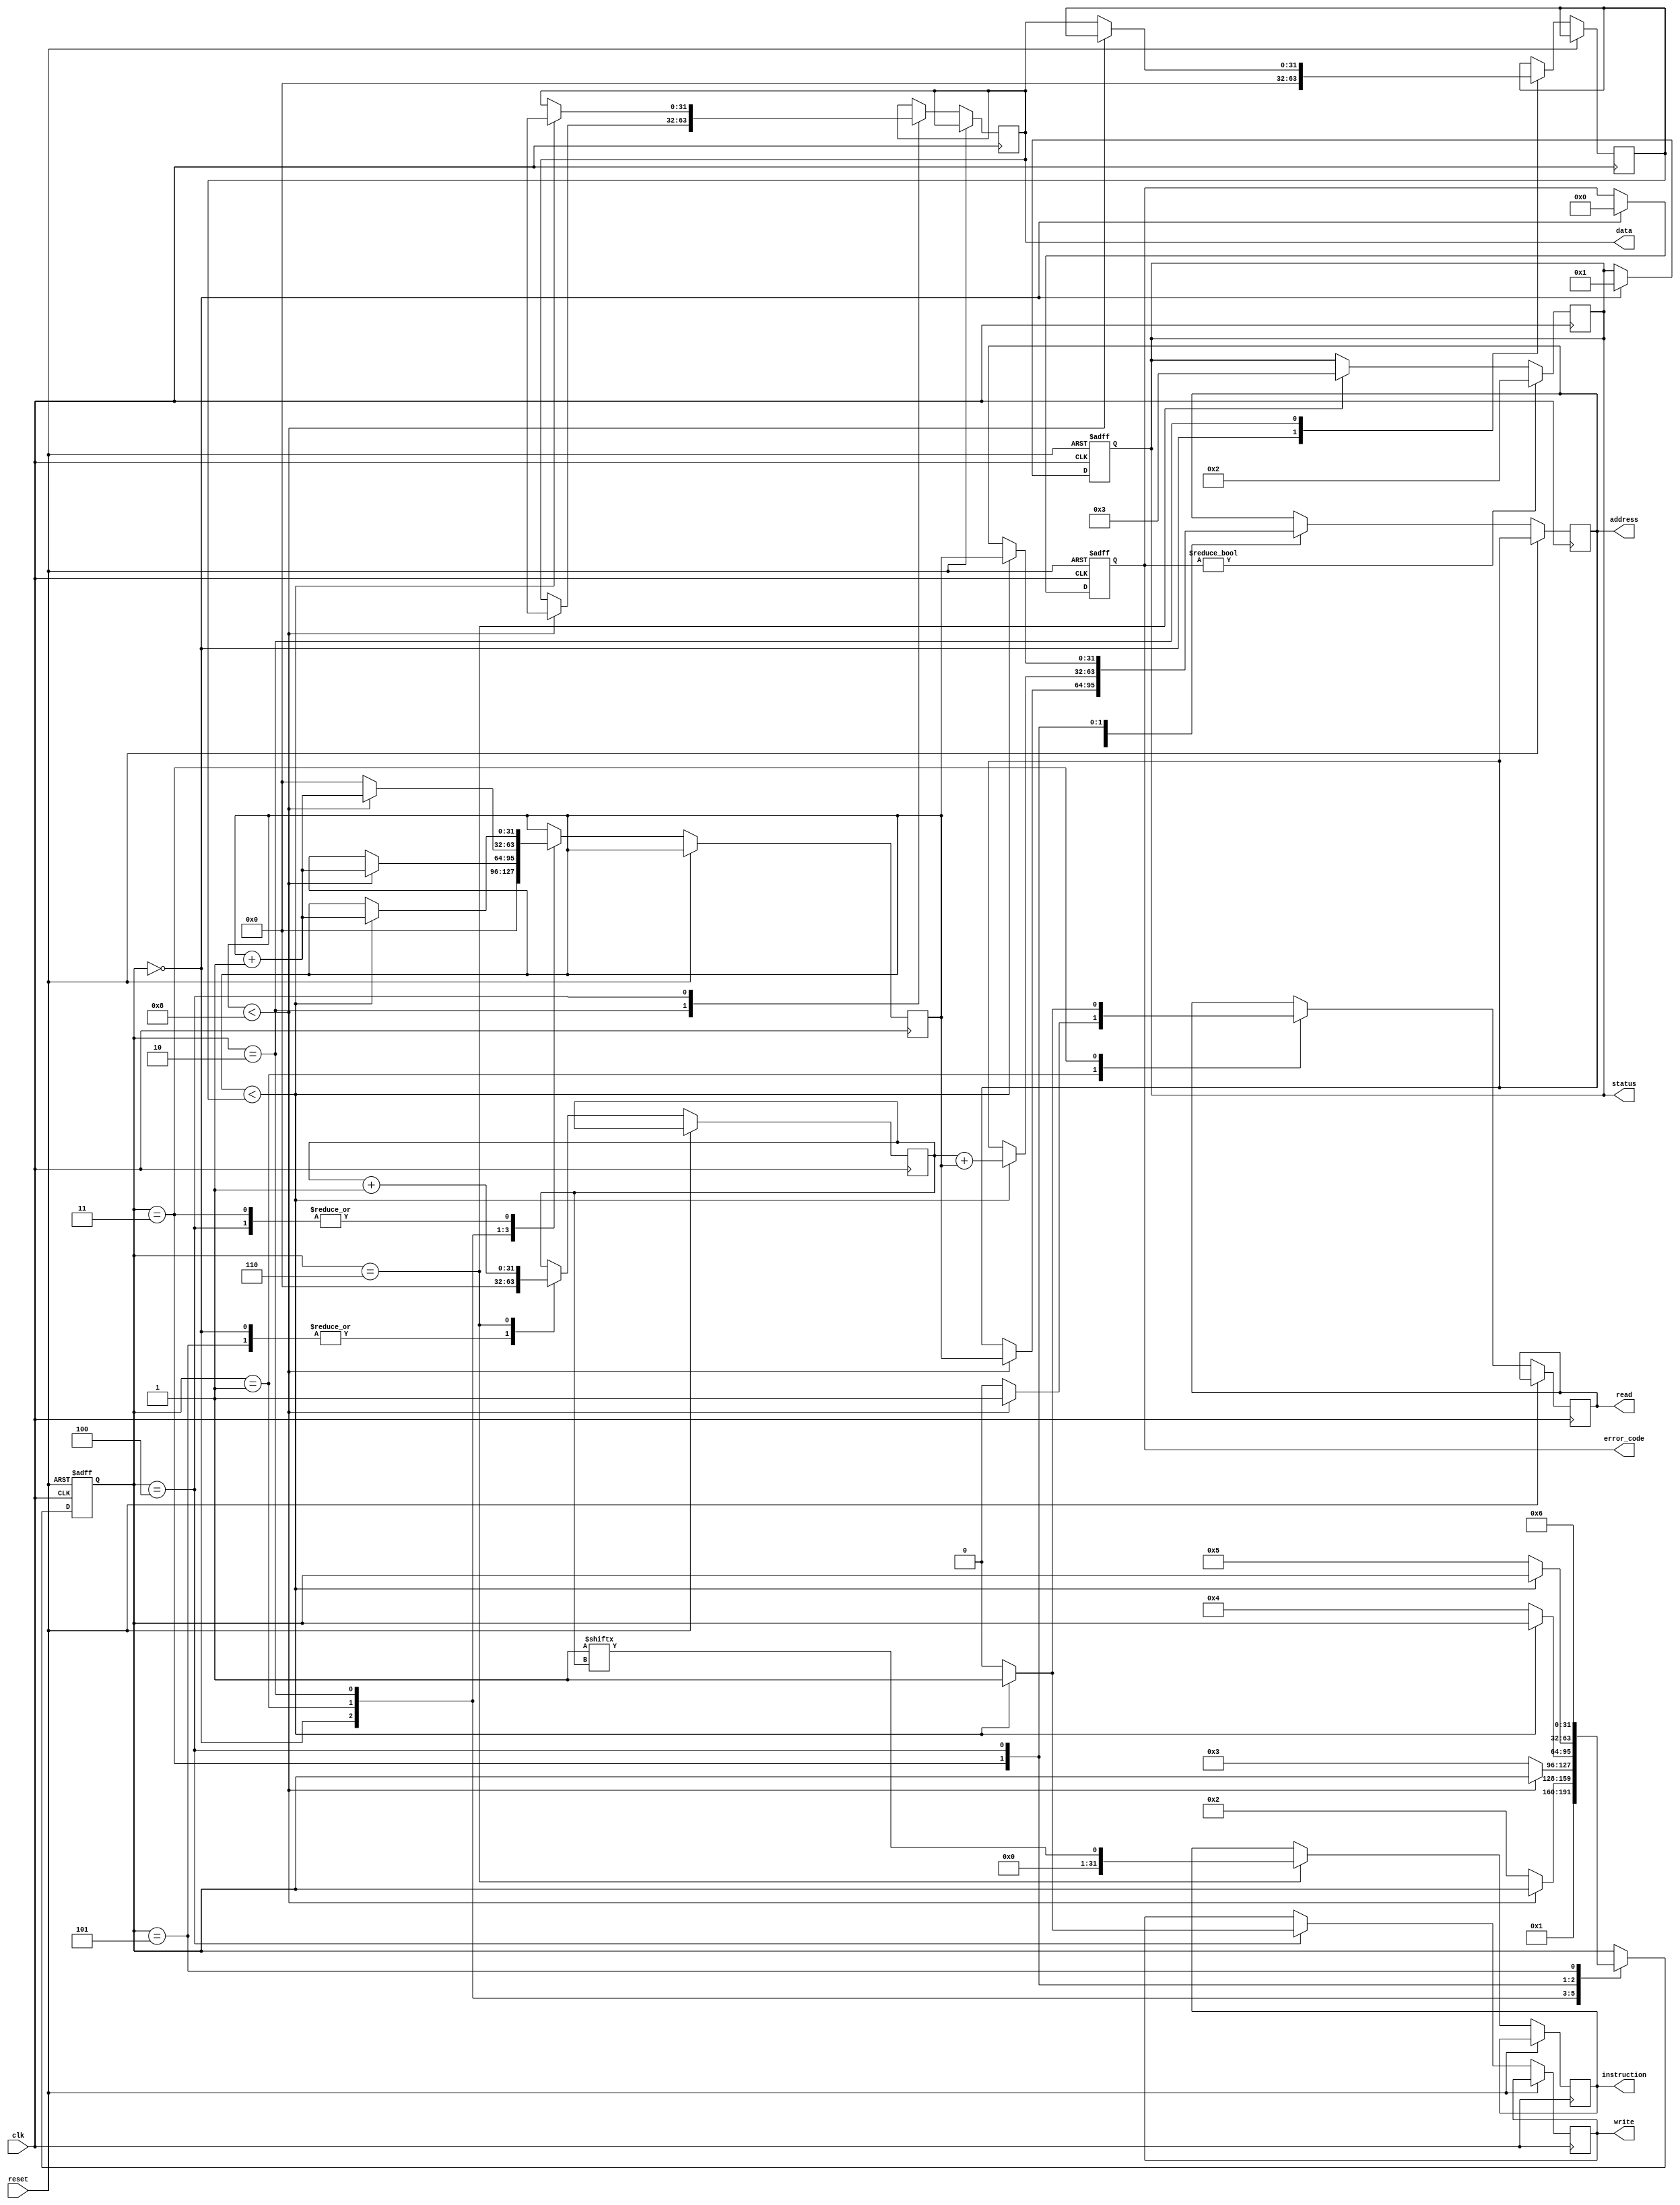
module bootloader (
  input wire clk,
  input wire reset,
  output wire [31:0] address,
  output wire [31:0] data,
  output wire read,
  output wire write,
  output wire [31:0] instruction,
  output wire [7:0] error_code,
  output wire [7:0] status
);

  reg [31:0] state;
  reg [31:0] counter;
  reg [31:0] program_counter;
  reg [31:0] program_size;
  reg [7:0] error_code_reg;
  reg [7:0] status_reg;

  always @(posedge clk or posedge reset) begin
    if (reset) begin
      state <= 0;
      error_code_reg <= 0;
      status_reg <= 0;
    end else begin
      case (state)
        0: begin
          // Balang durumu
          state <= 1;
          counter <= 0;
          program_counter <= 0;
          program_size <= 0;
          error_code_reg <= 0;
          status_reg <= 8'h01; // Balatlyor
        end
        1: begin
          // QSPI Flash Bellek'ten balk bilgisi okuma
          if (counter < 8) begin
            read <= 1;
            address <= counter;
            counter <= counter + 1;
          end else begin
            read <= 0;
            state <= 2;
          end
        end
        2: begin
          // Balk bilgisi ileme
          if (counter < 8) begin
            data <= data_in;
            counter <= counter + 1;
          end else begin
            program_size <= data[31:0];
            counter <= 0; // Saya sfrlanr
            state <= 3;
          end
        end
        3: begin
          // QSPI Flash Bellek'ten program okuma
          if (counter < program_size) begin
            read <= 1;
            address <= program_counter + counter;
            counter <= counter + 1;
          end else begin
            read <= 0;
            state <= 4;
          end
        end
        4: begin
          // Program buyruk belleine yazma
          if (counter < program_size) begin
            write <= 1;
            address <= counter;
            data <= data_in;
            counter <= counter + 1;
          end else begin
            write <= 0;
            state <= 5;
          end
        end
        5: begin
          // Program balatma
          program_counter <= 0;
          state <= 6;
        end
        6: begin
          // Program alyor
          instruction <= program_memory[program_counter];
          program_counter <= program_counter + 1;
        end
      endcase
    end
  end

  always @(posedge clk) begin
    if (error_code_reg != 0) begin
      status_reg <= 8'h02; // Hata
    end else if (state == 6) begin
      status_reg <= 8'h03; // alyor
    end
  end

  assign error_code = error_code_reg;
  assign status = status_reg;

endmodule